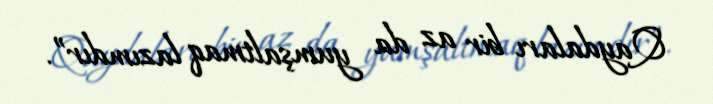
Qaydaları bir az da yumşaltmaq lazımdır”.